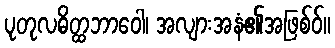
ပုတုလဓိတ္ထဘာဝေါ၊ အလျားအနံ၏အဖြစ်ဝ်။